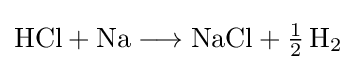
{\mathrm {HCl} {}+{}\mathrm {Na} {}\mathrel {\longrightarrow } {}\mathrm {NaCl} {}+{}{\mathchoice {\textstyle {\frac {1}{2}}}{\frac {1}{2}}{\frac {1}{2}}{\frac {1}{2}}}\,\mathrm {H} {\vphantom {A}}_{\smash[{t}]{2}}}